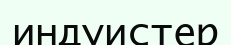
индуистер